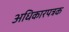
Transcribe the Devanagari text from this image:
अधिकारपत्रक